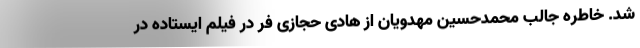
شد. خاطره جالب محمدحسین مهدویان از هادی حجازی فر در فیلم ایستاده در